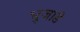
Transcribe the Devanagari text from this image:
भुजाडे